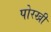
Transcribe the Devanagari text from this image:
पोरखी